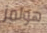
هولمز